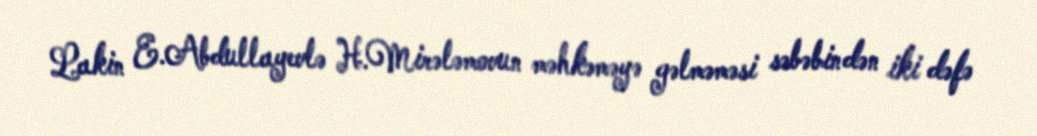
Lakin E.Abdullayevlə H.Mirələmovun məhkəməyə gəlməməsi səbəbindən iki dəfə